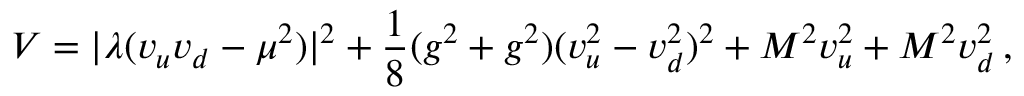
V = | \lambda ( v _ { u } v _ { d } - \mu ^ { 2 } ) | ^ { 2 } + \frac { 1 } { 8 } ( g ^ { 2 } + g ^ { 2 } ) ( v _ { u } ^ { 2 } - v _ { d } ^ { 2 } ) ^ { 2 } + M ^ { 2 } v _ { u } ^ { 2 } + M ^ { 2 } v _ { d } ^ { 2 } \, ,